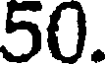
50.